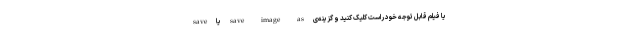
یا فیلم قابل توجه خود راست کلیک کنید و گزینه‌ی save image as یا save